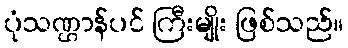
ပုံသဏ္ဌာန်ပင် ကြီးမျိုး ဖြစ်သည်။